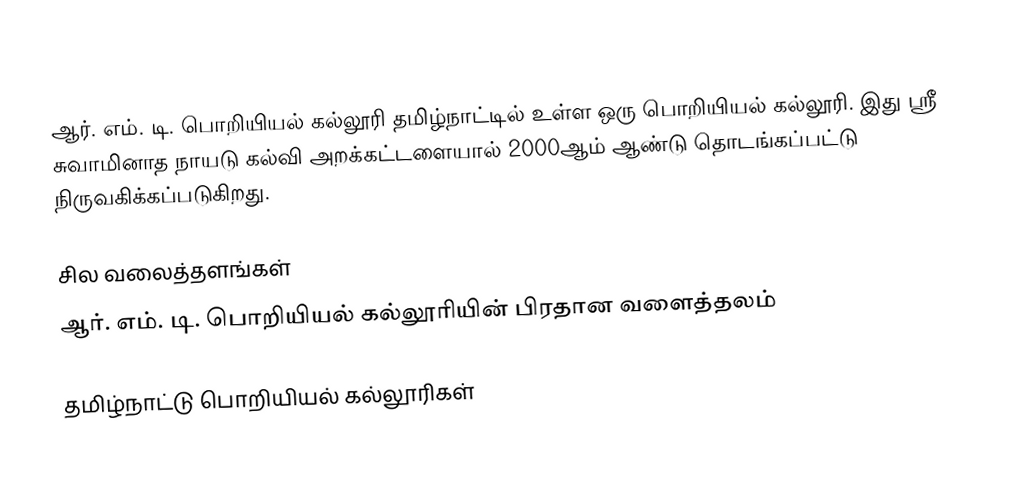
ஆர். எம். டி. பொறியியல் கல்லூரி தமிழ்நாட்டில் உள்ள ஒரு பொறியியல் கல்லூரி. இது ஸ்ரீ சுவாமினாத நாயடு கல்வி அறக்கட்டளையால் 2000ஆம் ஆண்டு தொடங்கப்பட்டு நிருவகிக்கப்படுகிறது.

சில வலைத்தளங்கள்
 ஆர். எம். டி. பொறியியல் கல்லூரியின் பிரதான வளைத்தலம்

தமிழ்நாட்டு பொறியியல் கல்லூரிகள்